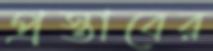
প্রস্তাবের